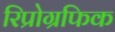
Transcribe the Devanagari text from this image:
रिप्रोग्रफिक